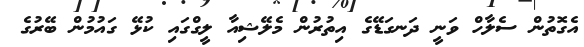
އެގޮތުން ސެލާހް ވަނީ ދަނގަޑޭގެ އިތުރުން މެލޭޝިއާ ލީގްގައި ކުޅޭ ގައުމުން ބޭރުގެ